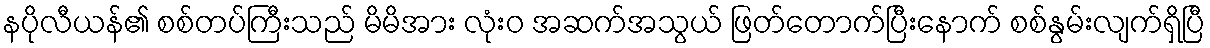
နပိုလီယန်၏ စစ်တပ်ကြီးသည် မိမိအား လုံးဝ အဆက်အသွယ် ဖြတ်တောက်ပြီးနောက် စစ်နွမ်းလျက်ရှိပြီ